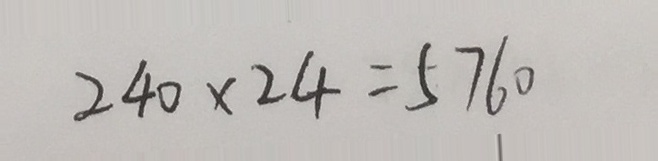
2 4 0 \times 2 4 = 5 7 6 0